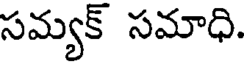
సమ్యక్ సమాధి.